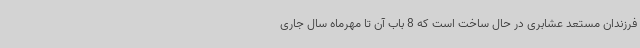
فرزندان مستعد عشابری در حال ساخت است که 8 باب آن تا مهرماه سال جاری